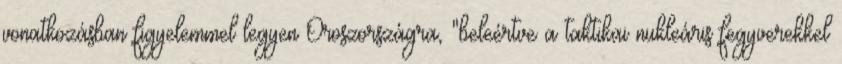
vonatkozásban figyelemmel legyen Oroszországra, "beleértve a taktikai nukleáris fegyverekkel